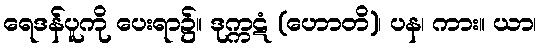
ရေဒန်ပူကို ပေးရာ၌။ ဒုက္ကဋံ (ဟောတိ)၊ ပန၊ ကား။ ယာ၊